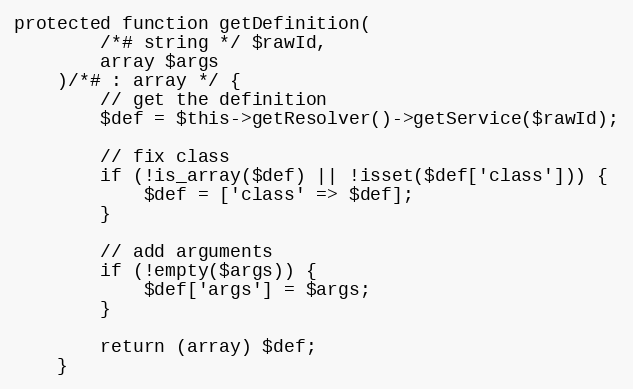
Language: PHP
protected function getDefinition(
        /*# string */ $rawId,
        array $args
    )/*# : array */ {
        // get the definition
        $def = $this->getResolver()->getService($rawId);

        // fix class
        if (!is_array($def) || !isset($def['class'])) {
            $def = ['class' => $def];
        }

        // add arguments
        if (!empty($args)) {
            $def['args'] = $args;
        }

        return (array) $def;
    }